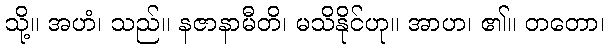
သို့။ အဟံ၊ သည်။ နဇာနာမီတိ၊ မသိနိုင်ဟု။ အာဟ၊ ၏။ တတော၊